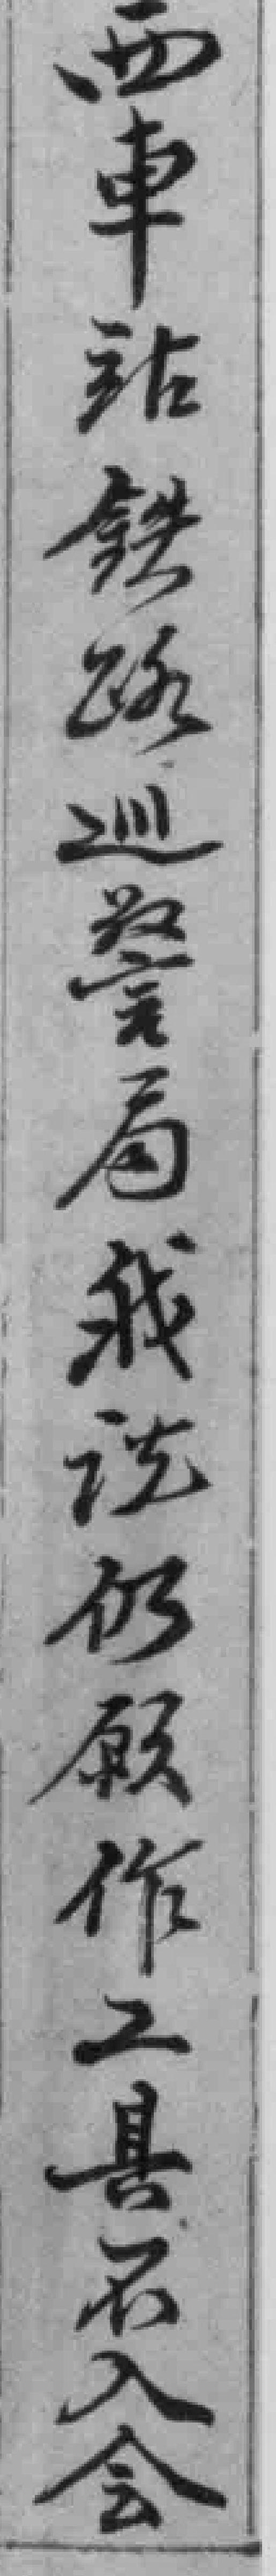
西車站鉄路巡警局我说仍願作工县不入会